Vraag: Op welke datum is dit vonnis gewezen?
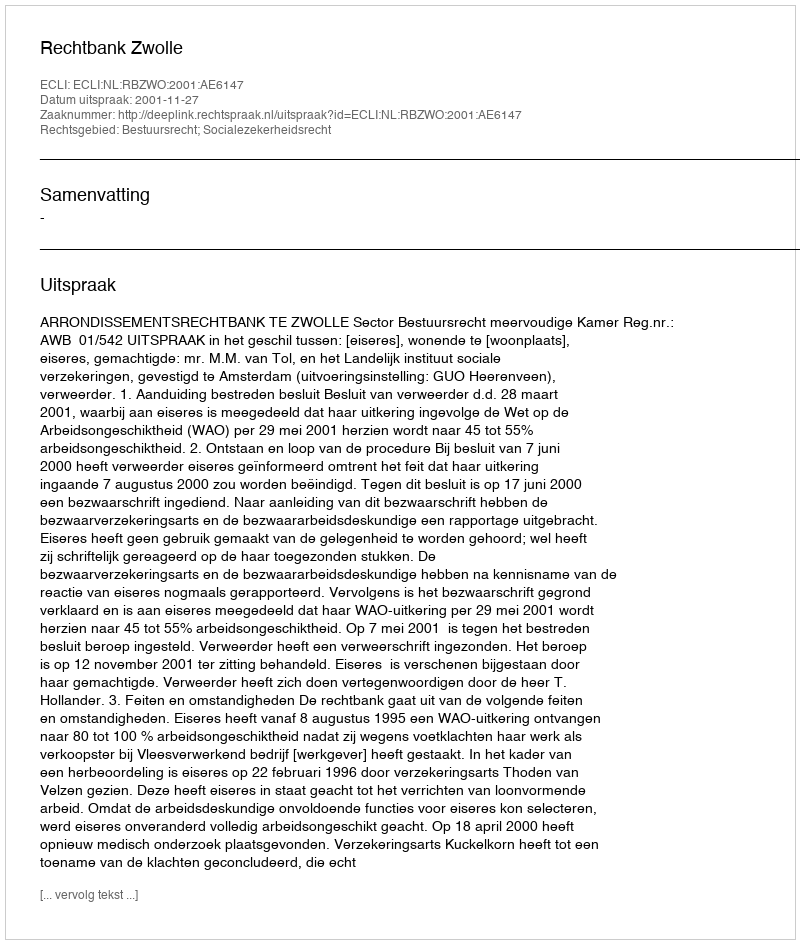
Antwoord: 2001-11-27